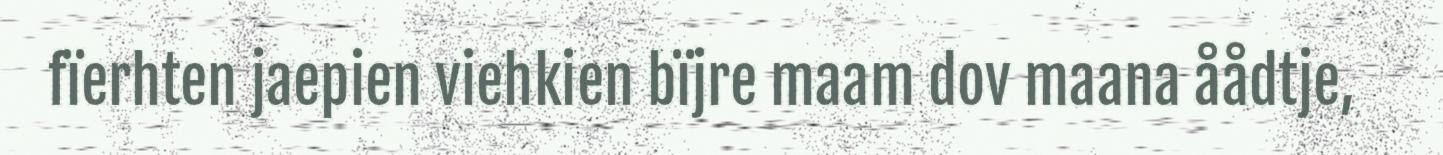
fïerhten jaepien viehkien bïjre maam dov maana åådtje,